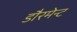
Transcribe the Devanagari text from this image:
डौरमेन्ट